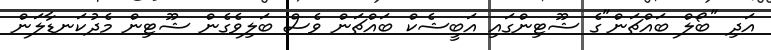
އަދި "ބޯލް ބައްޗަން"ގެ ޝޫޓިންގައި އަބީޝެކް ބައްޗަން ވެސް ބަލިވެގެން ޝޫޓިން މެދުކަނޑާލަން